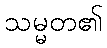
သမ္မတ၏